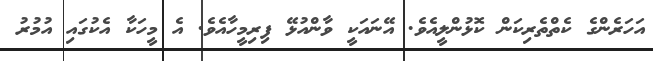
އަހަރެންގެ ކެތްތެރިކަން ކޮޅުންލީއެވެ. އޭނައަކީ ވާންއުޅޭ ފިރިމީހާއެވެ. އެ މީހަކާ އެކުގައި އުމުރު